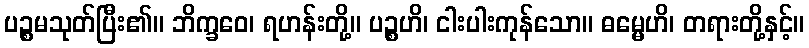
ပဉ္စမသုတ်ပြီး၏။ ဘိက္ခဝေ၊ ရဟန်းတို့။ ပဉ္စဟိ၊ ငါးပါးကုန်သော။ ဓမ္မေဟိ၊ တရားတို့နှင့်။